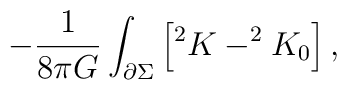
-\frac{1}{8\pi G}\int_{\partial \Sigma }\left[ ^{2}K-^{2}K_{0}\right] ,